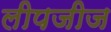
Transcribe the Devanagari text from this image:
लीपजीज